Report of the King Institute of Preventive Medicine, Guindy
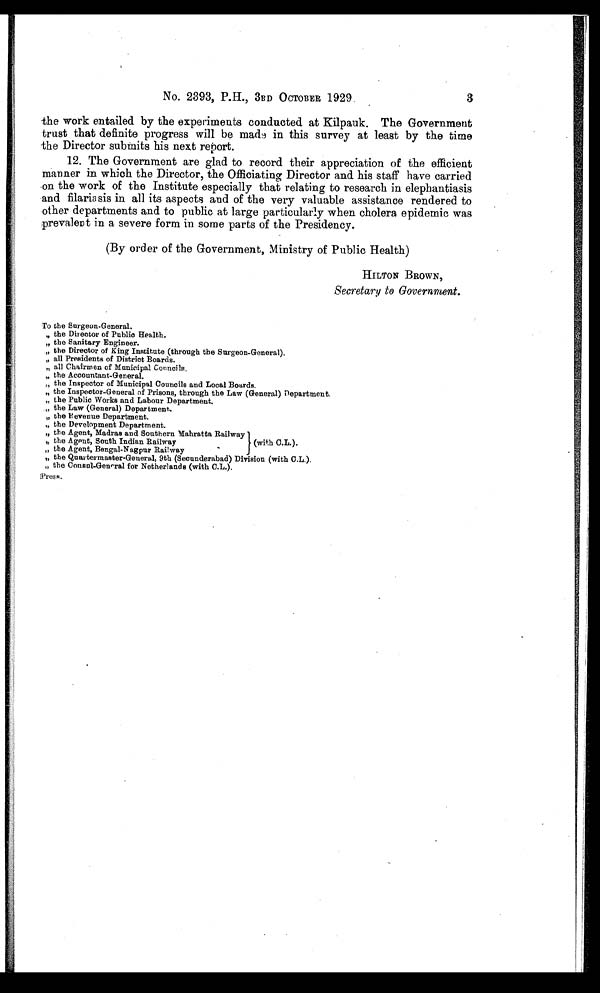
No. 2393, P.H., 3RD OCTOBER 1929.
3
the work entailed by the experiments conducted at Kilpauk. The Government
trust that definite progress will be made in this survey at least by the time
the Director submits his next report.
12. The Government are glad to record their appreciation of the efficient
manner in which the Director, the Officiating Director and his staff have carried
on the work of the Institute especially that relating to research in elephantiasis
and filariasis in all its aspects and of the very valuable assistance rendered to
other departments and to public at large particularly when cholera epidemic was
prevalent in a severe form in some parts of the Presidency.
(By order of the Government, Ministry of Public Health)
HILTON BROWN,
Secretary to Government.
To the Surgeon-General.
" the Director of Public Health.
" the Sanitary Engineer.
" the Director of King Institute (through the Surgeon-General).
" all Presidents of District Boards.
" all Chairmen of Municipal Councils
.
" the Accountant-General.
" the Inspector of Municipal Councils and Local Boards.
" the Inspector-General of Prisons, through the Law (General) Department.
" the Public Works and Labour Department.
" the Law (General) Department.
" the Revenue Department.
" the Development Department.
" the Agent, Madras and Southern Mahratta Railway
" the Agent, South Indian Railway
(with C.L.).
" the Agent, Bengal-Nagpur Railway
" the Quartermaster-General, 9th (Secunderabad) Division (with C.L.).
" the Consul-General for Netherlands (with C.L.).
Press.